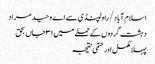
اسلام آباد/ راولپنڈی سے اے وحید مراد
دہشت گردوں کے حملے میں ۳۱ جاں بحق
پہلا مکمل اور حتمی نتیجہ